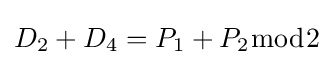
D_{2}+D_{4}=P_{1}+P_{2}{\bmod {2}}